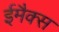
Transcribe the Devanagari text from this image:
ईमैक्स